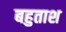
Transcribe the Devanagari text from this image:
बहुताश